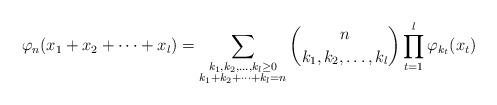
LaTeX: \begin{align*} \varphi_{n}(x_{1}+x_2+\cdots+x_{l})= \sum_{\substack{k_{1}, k_2,\ldots, k_{l}\geq 0 \\ k_{1}+k_2+\cdots +k_{l}=n}}\binom{n}{k_{1}, k_2,\ldots, k_{l}} \prod_{t=1}^{l}\varphi_{k_{t}}(x_{t}) \end{align*}